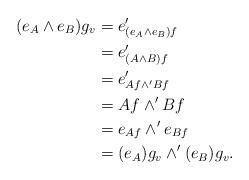
LaTeX: \begin{align*}(e_A \wedge e_B)g_v &= e'_{(e_A \wedge e_B)f} \\&= e'_{(A \wedge B)f} \\&= e'_{Af \wedge' Bf} \\&= Af \wedge' Bf \\&= e_{Af} \wedge' e_{Bf} \\&= (e_A )g_v \wedge' (e_B )g_v .\end{align*}